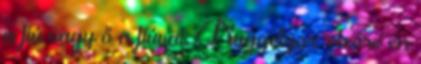
a fiú vagy ő a fiúval. Nuggetzor: elsőre én